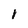
Character: i